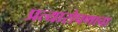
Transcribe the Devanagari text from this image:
प्रत्यारोपणाचा